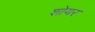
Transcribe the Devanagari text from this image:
शोयर